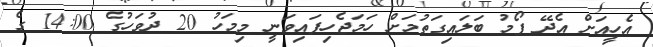
އެހީއަށް އެދޭ ފޯމު ބަލައިގަތުމަށް ހަމަޖެހިފައިވަނީ މިމަހު 20 ދުވަހުގެ 14:00 ގެ